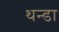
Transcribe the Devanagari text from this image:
थन्डा